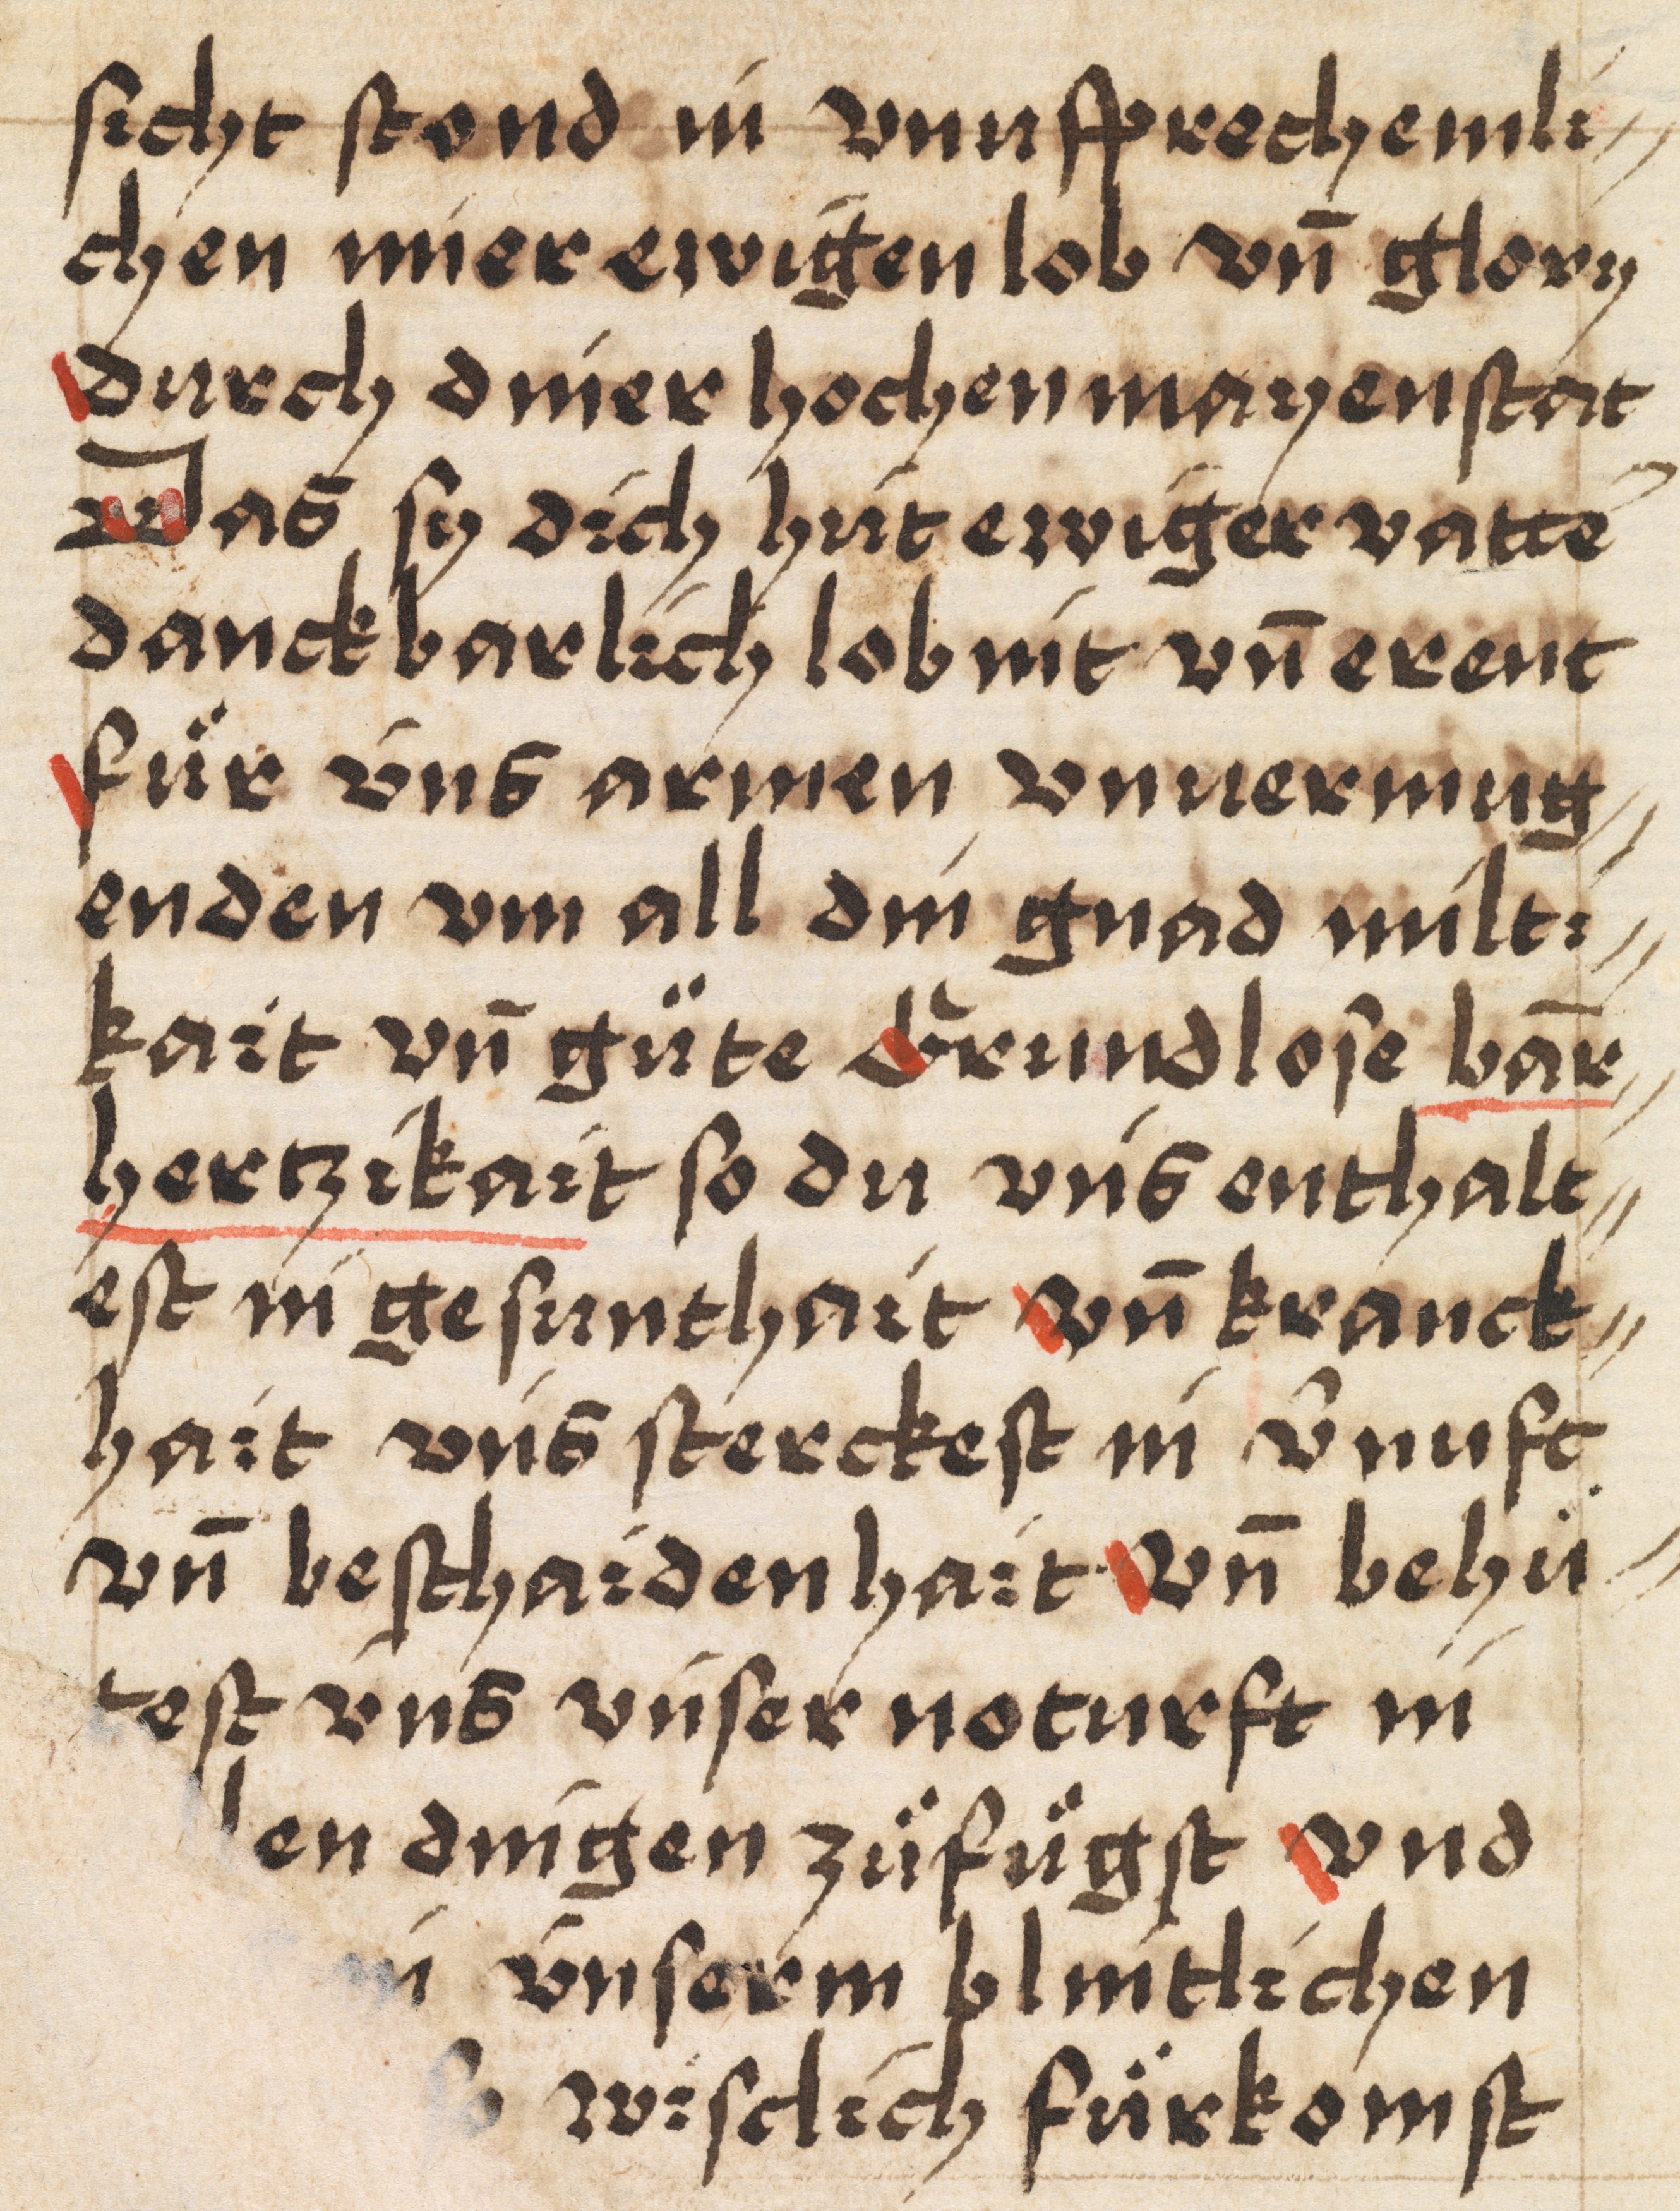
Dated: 1400–1499